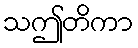
သဤတိကာ